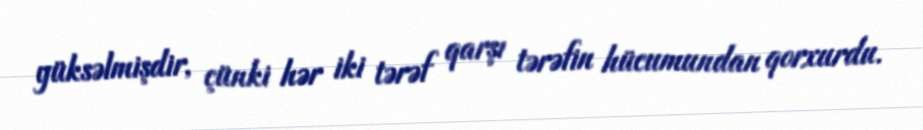
yüksəlmişdir, çünki hər iki tərəf qarşı tərəfin hücumundan qorxurdu.